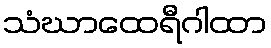
သံဃာထေရီဂါထာ